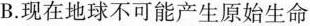
B.现在地球不可能产生原始生命